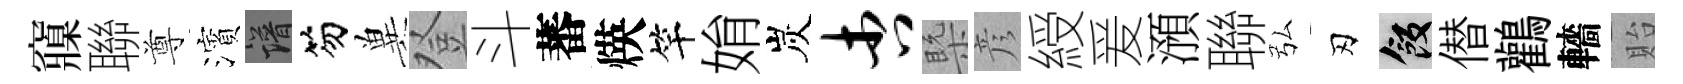
䆿聯尊濱譜笏兾登斗蕃煐竿姢炭杏槩彦綬爰澦聯弘刃飯僣鸛轖貽